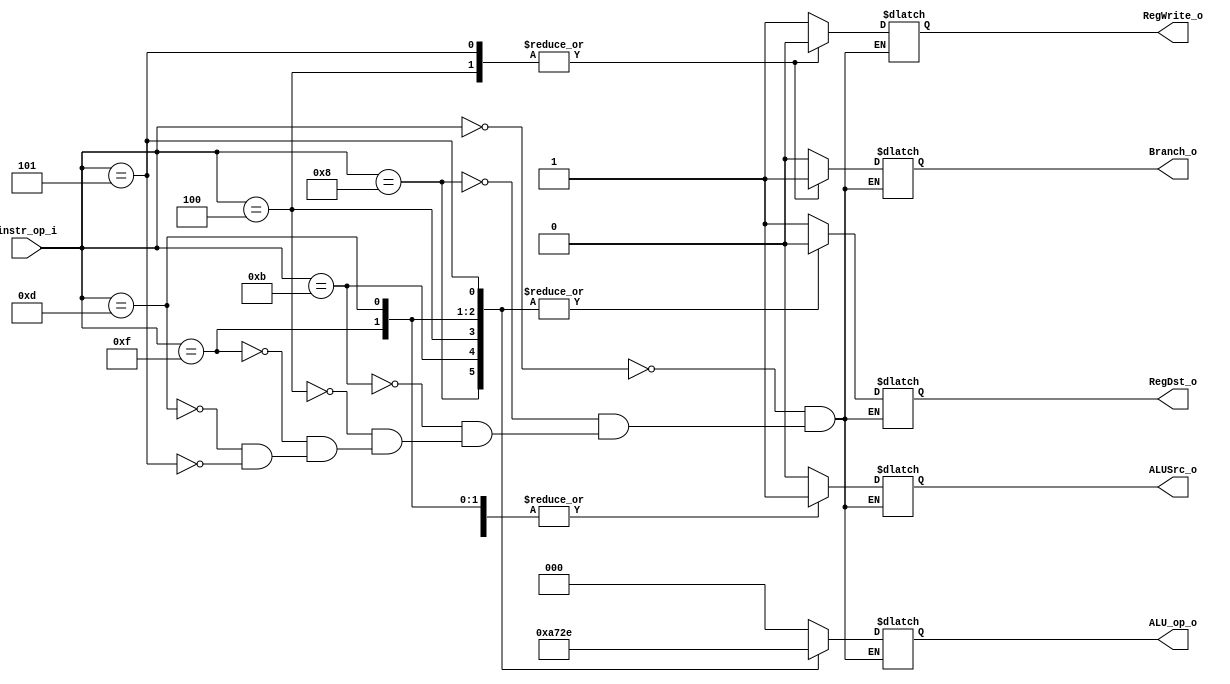
//Subject:     CO project 2 - Decoder
//--------------------------------------------------------------------------------
//Version:     1
//--------------------------------------------------------------------------------
//Writer:      
//----------------------------------------------
//Date:        
//----------------------------------------------
//Description: 
//--------------------------------------------------------------------------------

module Decoder(
    instr_op_i,
	RegWrite_o,
	ALU_op_o,
	ALUSrc_o,
	RegDst_o,
	Branch_o
	);
     
//I/O ports
	input  [6-1:0] instr_op_i;

	output         RegWrite_o;
	output [3-1:0] ALU_op_o;
	output         ALUSrc_o;
	output         RegDst_o;
	output         Branch_o;
	 
//Internal Signals
	reg    [3-1:0] ALU_op_o;
	reg            ALUSrc_o;
	reg            RegWrite_o;
	reg            RegDst_o;
	reg            Branch_o;
//Parameter
//assign
//Main function
always@(instr_op_i) begin
	//$display("instr_op_i=%b", instr_op_i);
	case(instr_op_i)
		6'b000000: begin //R-type
			RegWrite_o = 1;
			ALU_op_o = 3'b000;
			ALUSrc_o = 0;
			RegDst_o = 1;
			Branch_o = 0;
		 end
		6'b001000: begin //addi
			RegWrite_o = 1;
			ALU_op_o = 3'b001;
			ALUSrc_o = 1;
			RegDst_o = 0;
			Branch_o = 0;
		 end
		6'b001011: begin //sltiu
			RegWrite_o = 1;
			ALU_op_o = 3'b010;
			ALUSrc_o = 1;
			RegDst_o = 0;
			Branch_o = 0;
		 end
		6'b000100: begin //beq
			RegWrite_o = 0;
			ALU_op_o = 3'b011;
			ALUSrc_o = 0;
			RegDst_o = 0;
			Branch_o = 1;
		 end
		6'b001111: begin //lui
			RegWrite_o = 1;
			ALU_op_o = 3'b100;
			ALUSrc_o = 1;
			RegDst_o = 0;
			Branch_o = 0;
		 end
		6'b001101: begin //ori
			RegWrite_o = 1;
			ALU_op_o = 3'b101;
			ALUSrc_o = 1;
			RegDst_o = 0;
			Branch_o = 0;
		 end
		6'b000101: begin //bnq
			RegWrite_o = 0;
			ALU_op_o = 3'b110;
			ALUSrc_o = 0;
			RegDst_o = 0;
			Branch_o = 1;
		 end
	endcase
end

endmodule